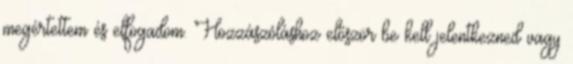
megértettem és elfogadom. Hozzászóláshoz először be kell jelentkezned vagy